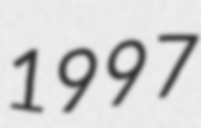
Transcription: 1997